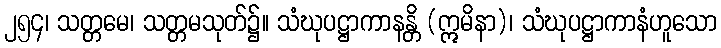
၂၅၄၊ သတ္တမေ၊ သတ္တမသုတ်၌။ သံဃုပဋ္ဌာကာနန္တိ (ဣမိနာ)၊ သံဃုပဋ္ဌာကာနံဟူသော